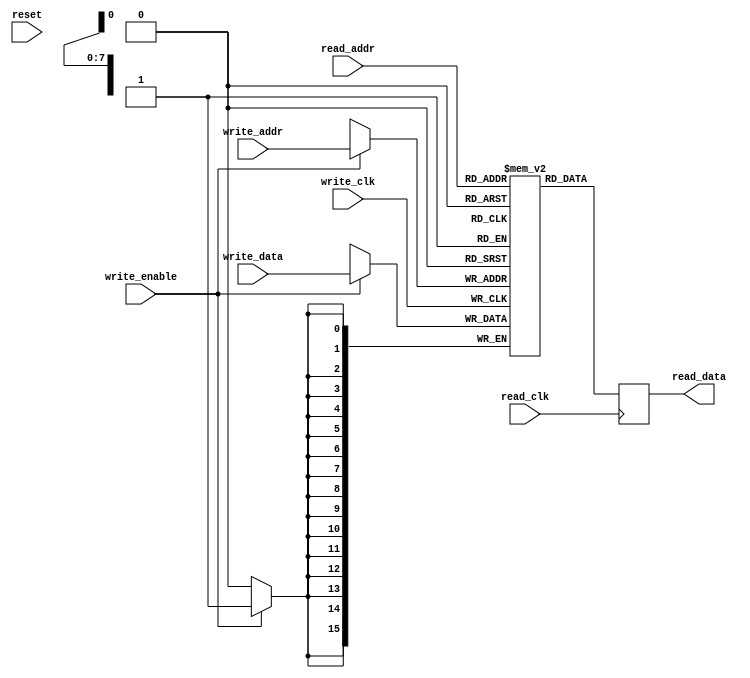
module dual_port_buffer(
    input reset,

    input write_clk,
    input [BUFFER_ADDR_WIDTH-1:0] write_addr,
    input [DATA_WIDTH-1:0] write_data,
    input write_enable,

    input read_clk,
    input [BUFFER_ADDR_WIDTH-1:0] read_addr,
    output reg [DATA_WIDTH-1:0] read_data
);

    parameter DATA_WIDTH = 16;
    parameter BUFFER_ADDR_WIDTH = 8;
    localparam BUFFER_SIZE = 2 ** BUFFER_ADDR_WIDTH;

    reg [DATA_WIDTH-1:0] buffer[BUFFER_SIZE-1:0];

    always @(negedge read_clk) begin
        read_data <= buffer[read_addr];
    end

    always @(negedge write_clk) begin
        if (write_enable)
            buffer[write_addr] <= write_data;
    end

endmodule